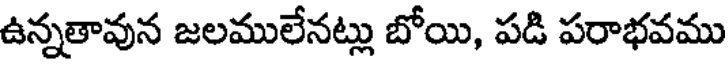
ఉన్నతావున జలములేనట్లు బోయి, పడి పరాభవము